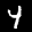
Label: 4